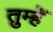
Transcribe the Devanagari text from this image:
तुम्हेें